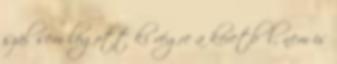
szál sem lógott ki végre a keretből, nem is